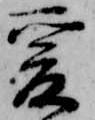
爰